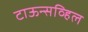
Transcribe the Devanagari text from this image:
टाऊन्सव्हिल